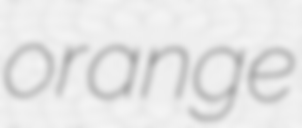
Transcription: orange